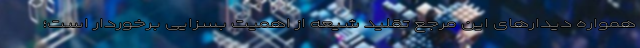
همواره دیدارهای این مرجع تقلید شیعه از اهمیت بسزایی برخوردار است؛